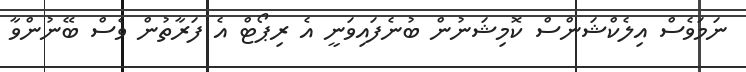
ނަމަވެސް އިލެކްޝަންސް ކޮމިޝަނުން ބުނެފައިވަނީ އެ ރިޕޯޓް އެ ފަރާތުން ވެސް ބޭނުންވާ